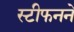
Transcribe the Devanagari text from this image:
स्टीफनने